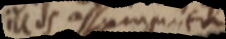
illos assumta